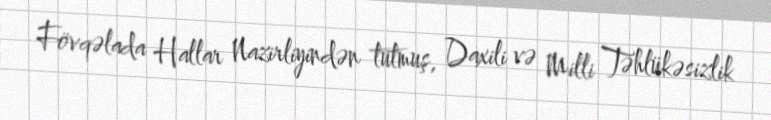
Fövqəlada Hallar Nazirliyindən tutmuş, Daxili və Milli Təhlükəsizlik